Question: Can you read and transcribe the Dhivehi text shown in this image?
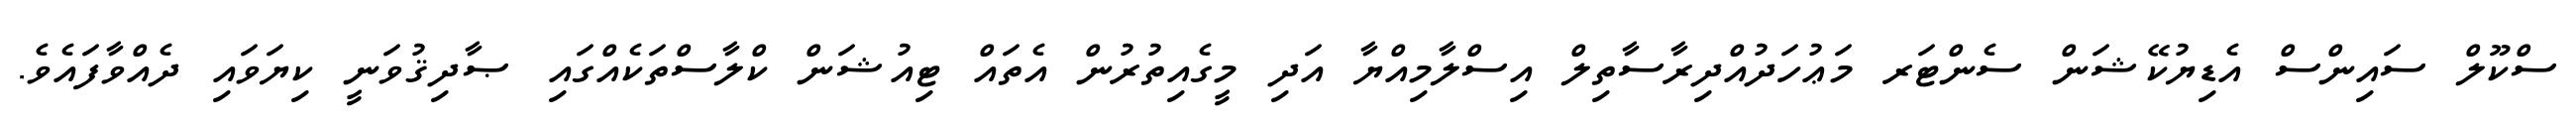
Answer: ސްކޫލް ސައިންސް އެޑިޔުކޭޝަން ސެންޓަރ މަޢުހަދުއްދިރާސާތިލް އިސްލާމިއްޔާ އަދި މީގެއިތުރުން އެތައް ޓިއުޝަން ކްލާސްތަކެއްގައި ޞާދިޤުވަނީ ކިޔަވައި ދެއްވާފައެވެ.